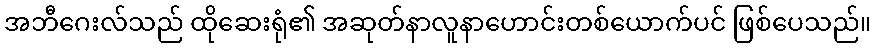
အဘီဂေးလ်သည် ထိုဆေးရုံ၏ အဆုတ်နာလူနာဟောင်းတစ်ယောက်ပင် ဖြစ်ပေသည်။